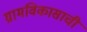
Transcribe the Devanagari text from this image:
ग्रामविकासाची